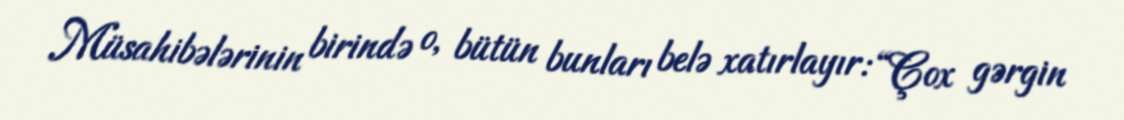
Müsahibələrinin birində o, bütün bunları belə xatırlayır: “Çox gərgin